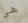
هي